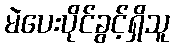
မဲပေးပိုင်ခွင့်ရှိသူ